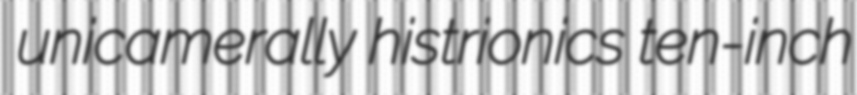
unicamerally histrionics ten-inch